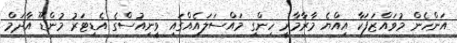
އަންހެން މުވައްޒަފަކާ އިއްޔެ މާރާމާރީ ހިންގި މައްސަލައެއްގައި ވީނިއުސްގެ އެޑިޓަރު މުންޑޫ އާދަމް